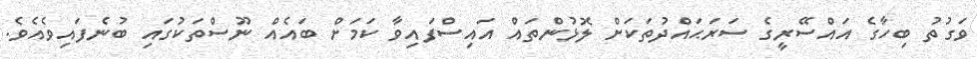
ވަގުތު ބިހާގެ އައްސޭރީގެ ސަރަޙައްދުތަކަށް ލޮޅުންތައް އައިސްފައިވާ ކަމަށް ބައެއް ނޫސްތަކުގައި ބުނެފައިވެއެވެ.